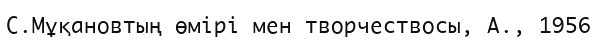
С.Мұқановтың өмірі мен творчествосы, А., 1956